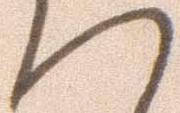
へ